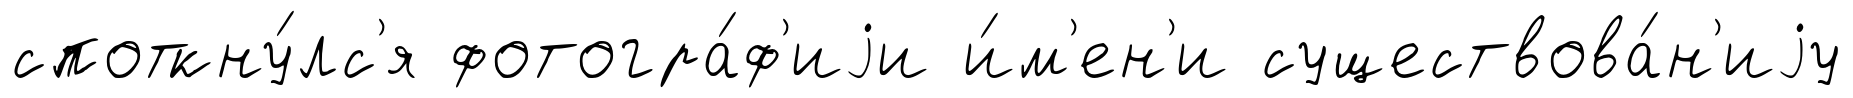
споткну́лс'я фотогра́ф'иjи и́м'ен'и существова́н'иjу